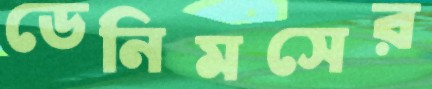
ডেনিমসের